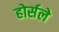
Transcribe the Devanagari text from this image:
होर्सले